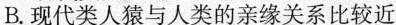
B.现代类人猿与人类的亲缘关系比较近